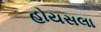
હોયસલા